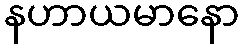
နဟာယမာနော